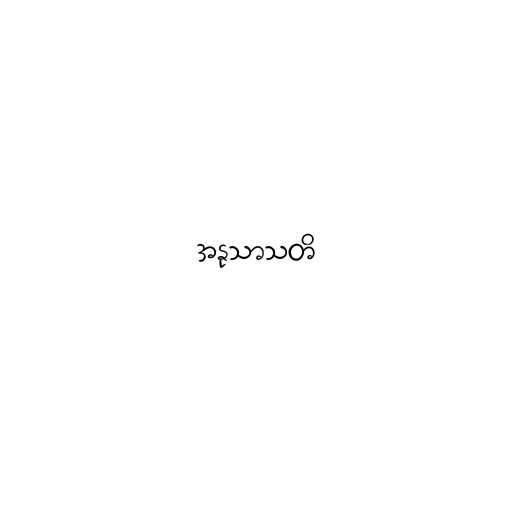
အနုသာသတိ